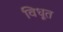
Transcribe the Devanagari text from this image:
विधूत